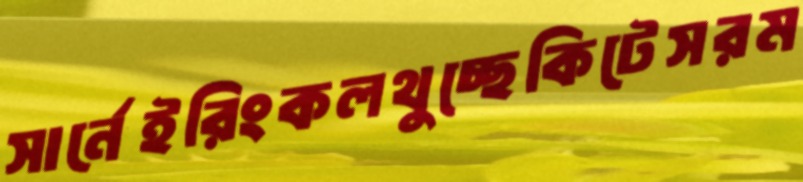
সার্নেইরিংকলথুচ্ছেকিটেসরম